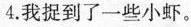
4.我捉到了一些小虾。